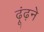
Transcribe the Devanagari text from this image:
ढ़ूंढ़ने